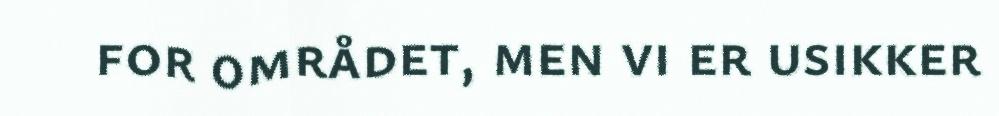
for området, men vi er usikker